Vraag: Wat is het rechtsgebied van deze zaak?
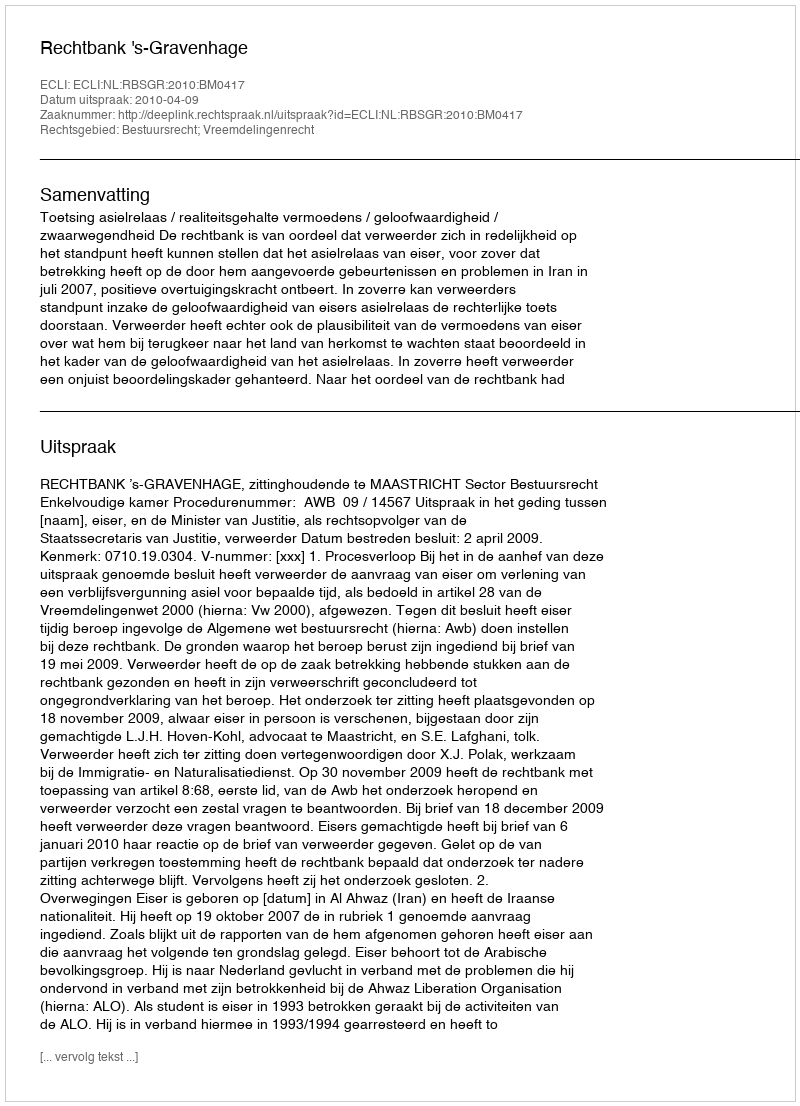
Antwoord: Bestuursrecht; Vreemdelingenrecht